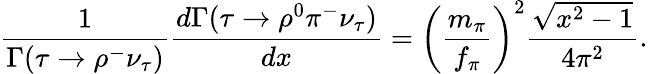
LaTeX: {\frac{1}{\Gamma(\tau\rightarrow\rho^{-}\nu_{\tau})}}{\frac{d\Gamma(\tau\rightarrow\rho^{0}\pi^{-}\nu_{\tau})}{dx}}=\left({\frac{m_{\pi}}{f_{\pi}}}\right)^{2}{\frac{\sqrt{x^{2}-1}}{4\pi^{2}}}.